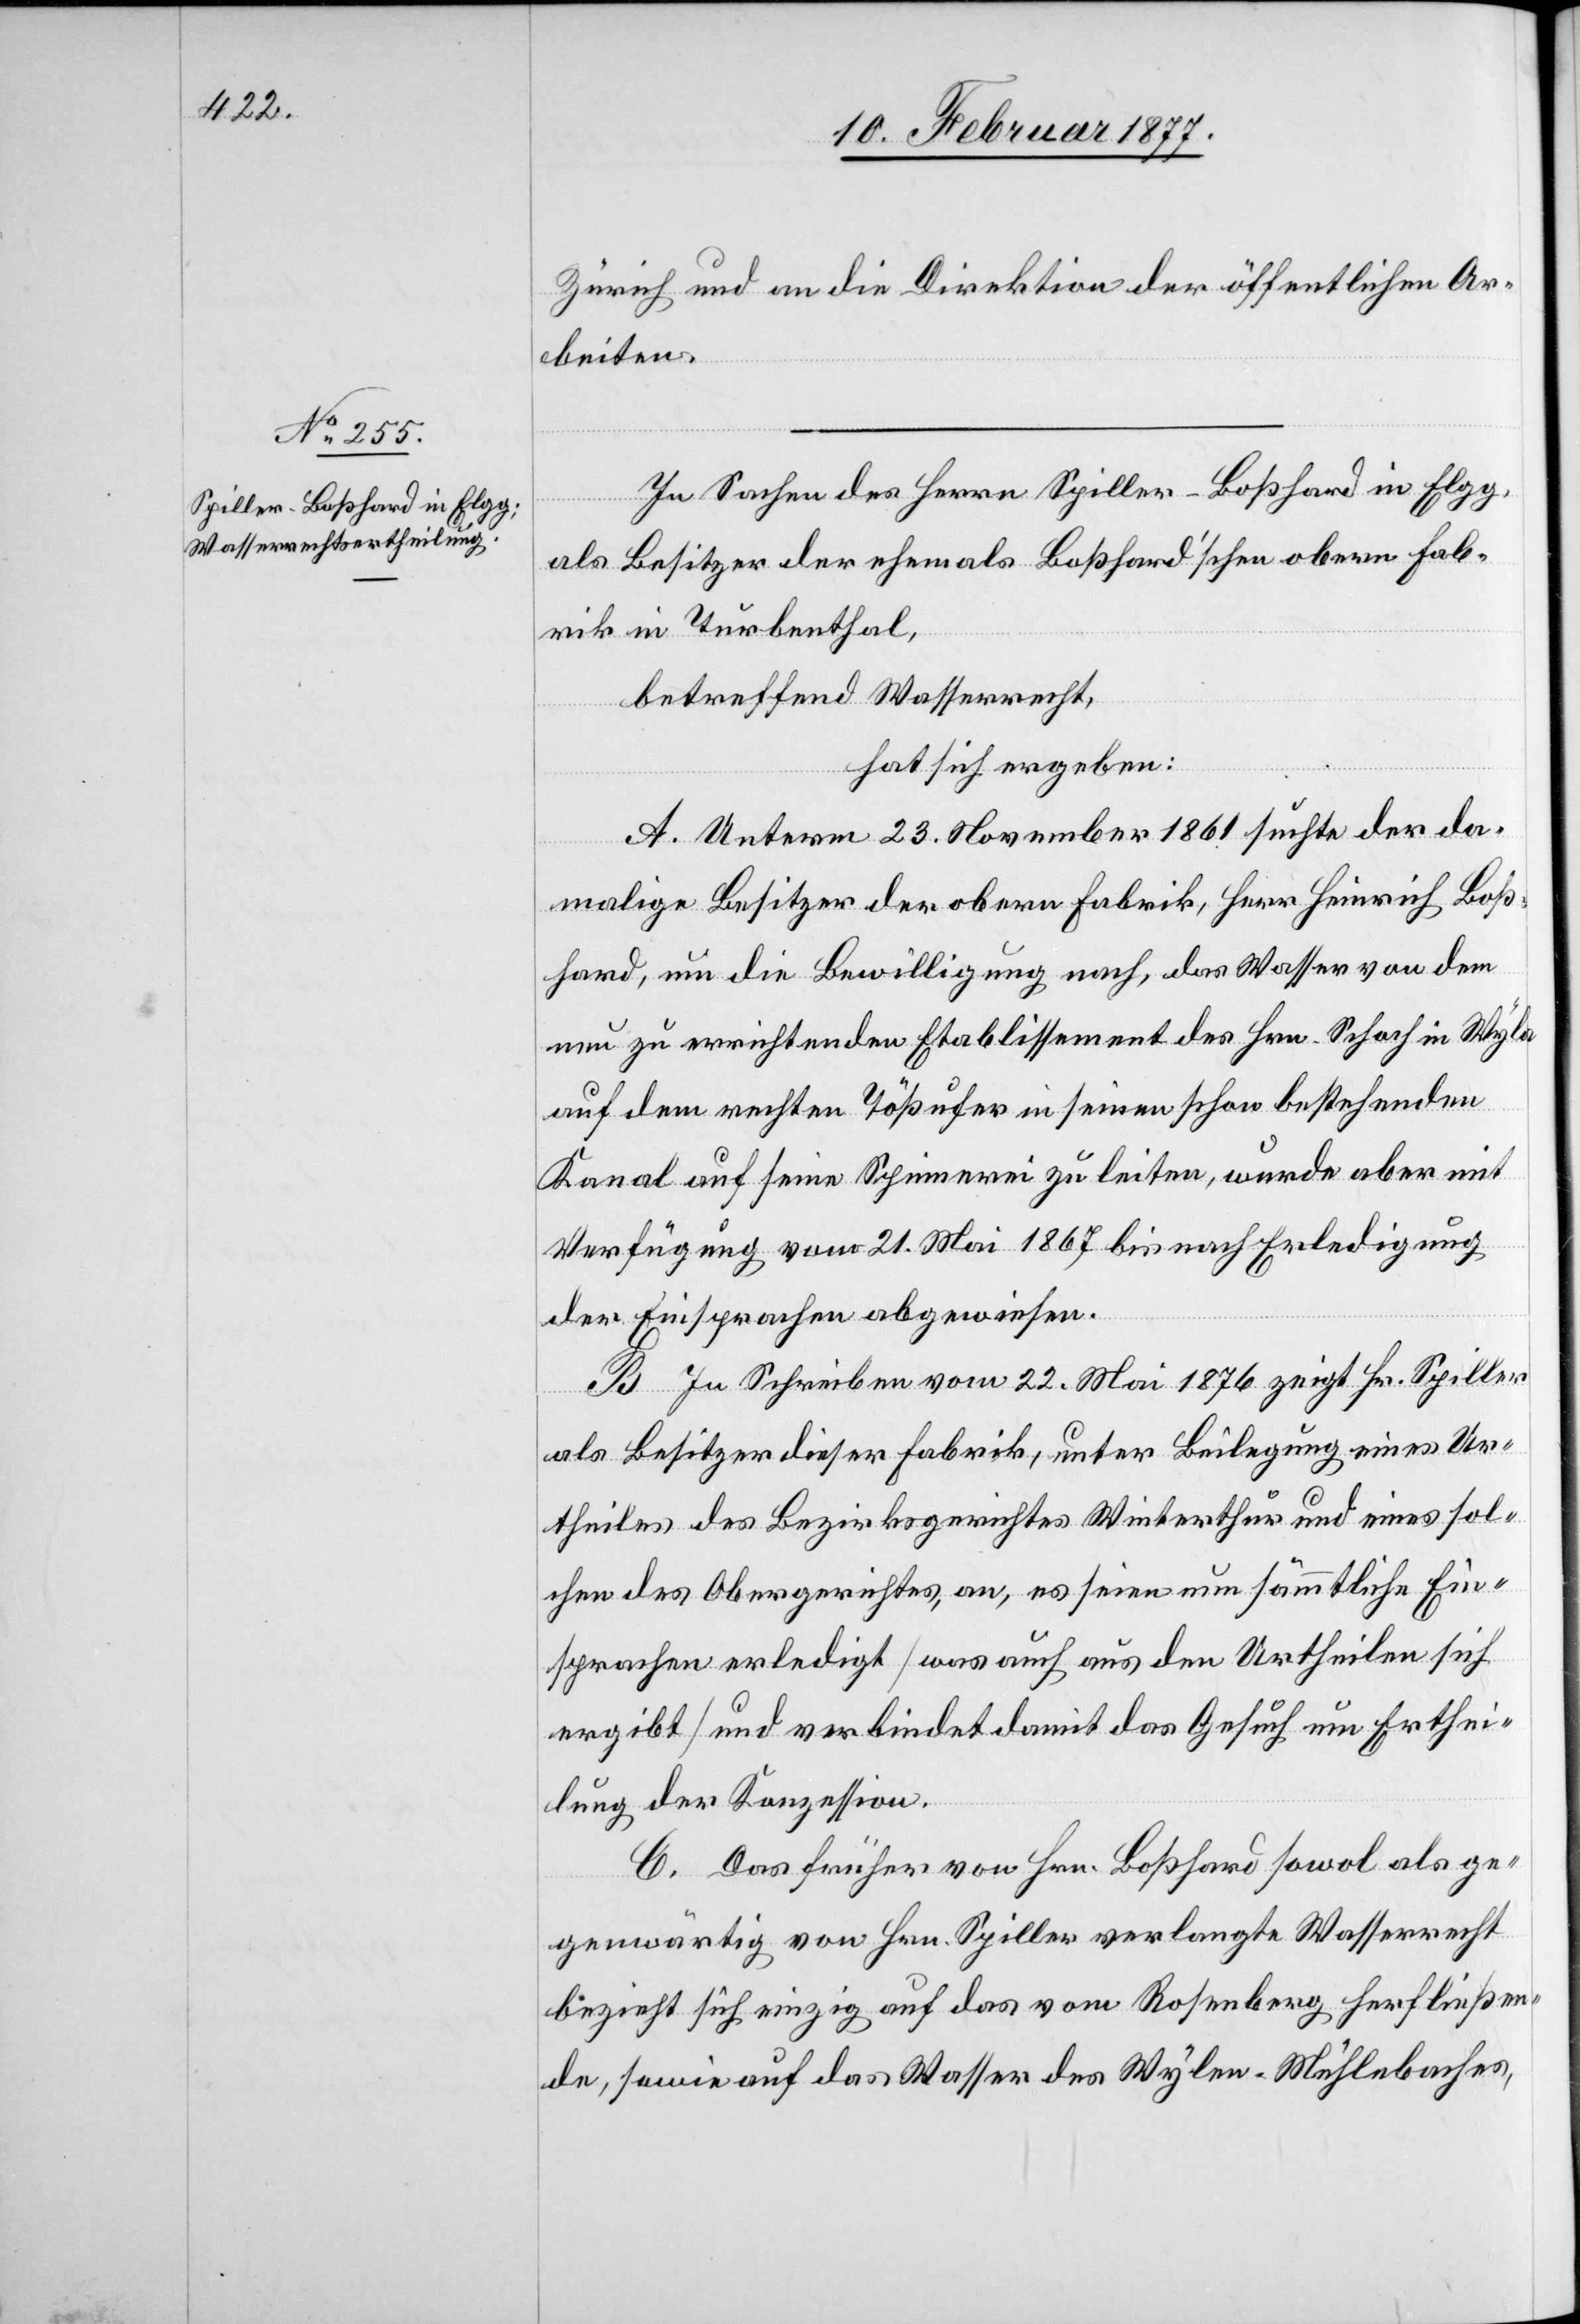
Zürich und an die Direktion der öffentlichen Ar¬
beiten.
In Sachen des Herrn Spiller-Boßhard in Elgg,
als Besitzer der ehemals Boßhard’schen Fab¬
rik in Turbenthal,
betreffend Wasserrecht,
hat sich ergeben:
A. Unterm 23. November 1861 suchte der da¬
malige Besitzer der obern Fabrik, Herr Heinrich Boß¬
hard, um die Bewilligung nach, das Wasser von dem
neu zu errichtenden Etablissement des Hrn. Schoch in Wyla
auf dem rechten Tößufer in seinen schon bestehenden
Kanal auf seine Spinnerei zu leiten, wurde aber mit
Verfügung vom 21. Mai 1876 bis nach Erledigung
der Einsprachen abgewiesen.
B. In Schreiben vom 22. Mai 1876 zeigt Hr. Spiller
als Besitzer dieser Fabrik, unter Beilegung eines Ur¬
theiles des Bezirksgerichtes Winterthur und eines sol¬
chen des Obergerichtes, an, es seien nun sämmtliche Ein¬
sprachen erledigt [was auch aus den Urtheilen sich
ergibt] und verbindet damit das Gesuch um Erthei¬
lung der Konzession.
C. Das früher von Hrn. Boßhard sowol als ge¬
genwärtig von Hrn. Spiller verlangte Wasserrecht
bezieht sich einzig auf das vom Rosenberg herfließen¬
de, sowie auf das Wasser des Wylen-Mühlebaches,